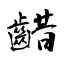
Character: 齰